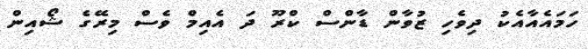
ހަމައެއާއެކު ދިވެހި ޒުވާން ޑާންސް ކްރޫ ދަ އެއިމް ވެސް މިރޭގެ ޝޯއިން